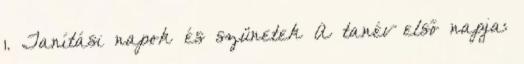
1. Tanítási napok és szünetek A tanév első napja: